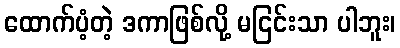
ထောက်ပံ့တဲ့ ဒကာဖြစ်လို့ မငြင်းသာ ပါဘူး၊